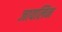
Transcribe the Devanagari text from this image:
जावलिन